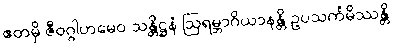
ဧတမှိ ဇီဝဂ္ဂါဟမေဝ သန္တိဋ္ဌနံ ဩရမ္ဘာဂိယာနန္တိ ဥပသင်္ကမိဿန္တိ